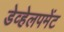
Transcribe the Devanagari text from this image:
डेव्हेलपमेंट